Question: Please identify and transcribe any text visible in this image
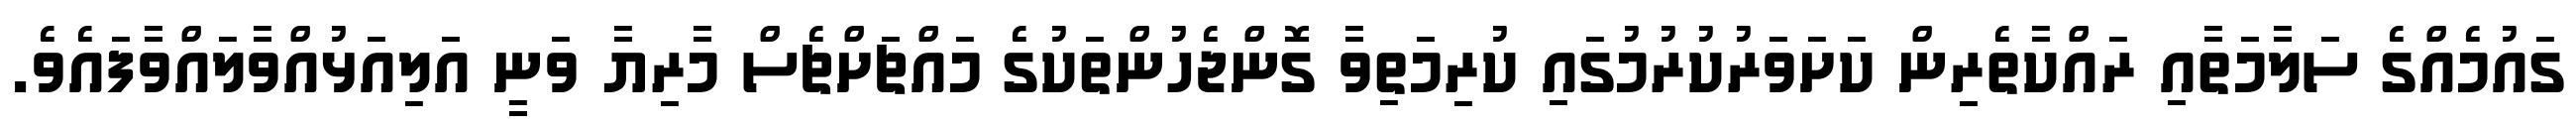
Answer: ގައުމެއްގެ ސަލާމަތާއި ރައްކާތެރިން ކަށަވަރުކުރުމުގައި ކުރިމަތިވާ ގޮންޖެހުންތަކުގެ މައްޗަށްޗެސް މާރިޔާ ވަނީ އަލިއަޅުއްވާލައްވާފައެވެ.